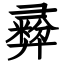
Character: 彛